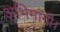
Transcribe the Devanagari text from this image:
अभिमानी।